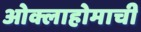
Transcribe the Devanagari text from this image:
ओक्लाहोमाची